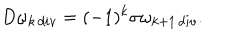
D \omega _ { k \, d i v } = ( - 1 ) ^ { k } \sigma \omega _ { k + 1 \, d i v } .